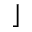
\rfloor